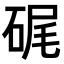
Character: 𥒮